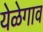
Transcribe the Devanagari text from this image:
येळेगाव